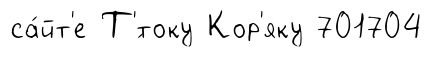
са́йт'е Т'́току Кор'яку 701704